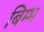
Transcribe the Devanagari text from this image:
बिम्भ